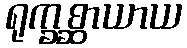
ရုက္ခစ္ဆာယာယ